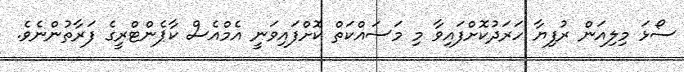
ސޯޅަ މިލިއަން ރުފިޔާ ހަރަދުކޮށްފައިވާ މި މަސައްކަތް ކޮށްފައިވަނީ އެމްއެސް ކާޕެންޓްރީގެ ފަރާތުންނެވެ.